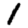
Digit: 1